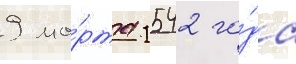
9 ма́рта 1542 го́да